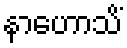
နာဟောသိံ